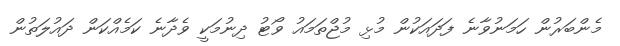
މެންބަރުން ހަމަނުވާނެ ފަދައަކުން މުޅި މުޖްތަމައު ވޯޓު ދިނުމަކީ ވެދާނެ ކަމެއްކަން ދައުލަތުން